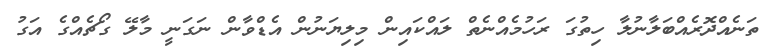
ތަނެއްދޮރެއްބަލާނުލާ ހިތުގަ ރަހުމެއްނެތް ލައްކައިން މިލިޔަނުން އެޑްވާން ނަގަނީ މާލޭ ގޯޗެއްގެ އަގު